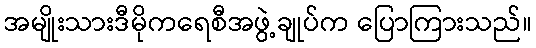
အမျိုးသားဒီမိုကရေစီအဖွဲ့ချုပ်က ပြောကြားသည်။